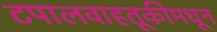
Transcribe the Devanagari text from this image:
टपालवाहतूकीमधून